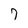
Character: 7